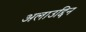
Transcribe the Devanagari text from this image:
अलाउद्दिन